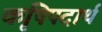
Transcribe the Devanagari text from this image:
कृषिपदार्थ